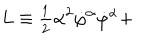
LaTeX: L \equiv \frac { _ 1 } { ^ 2 } \alpha ^ { 2 } \dot { \varphi } ^ { \alpha } \dot { \varphi } ^ { \alpha } +